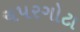
ચપરગોટા